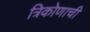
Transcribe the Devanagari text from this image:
त्रिकोणाची